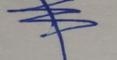
Signature authenticity: genuine